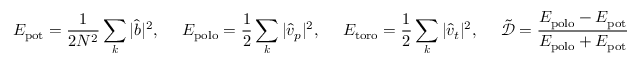
E _ { \mathrm { p o t } } = \frac { 1 } { 2 N ^ { 2 } } \sum _ { \boldsymbol { k } } | \hat { b } | ^ { 2 } , ~ ~ ~ ~ E _ { \mathrm { p o l o } } = \frac { 1 } { 2 } \sum _ { \boldsymbol { k } } | \hat { v } _ { p } | ^ { 2 } , ~ ~ ~ ~ E _ { \mathrm { t o r o } } = \frac { 1 } { 2 } \sum _ { \boldsymbol { k } } | \hat { v } _ { t } | ^ { 2 } , ~ ~ ~ ~ \tilde { \mathcal { D } } = \frac { E _ { \mathrm { p o l o } } - E _ { \mathrm { p o t } } } { E _ { \mathrm { p o l o } } + E _ { \mathrm { p o t } } }